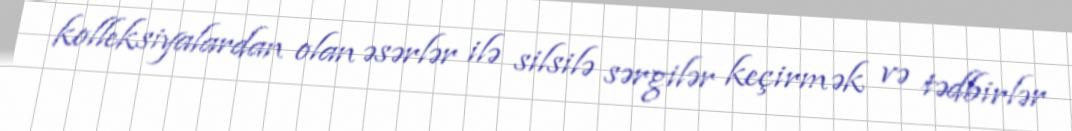
kolleksiyalardan olan əsərlər ilə silsilə sərgilər keçirmək və tədbirlər